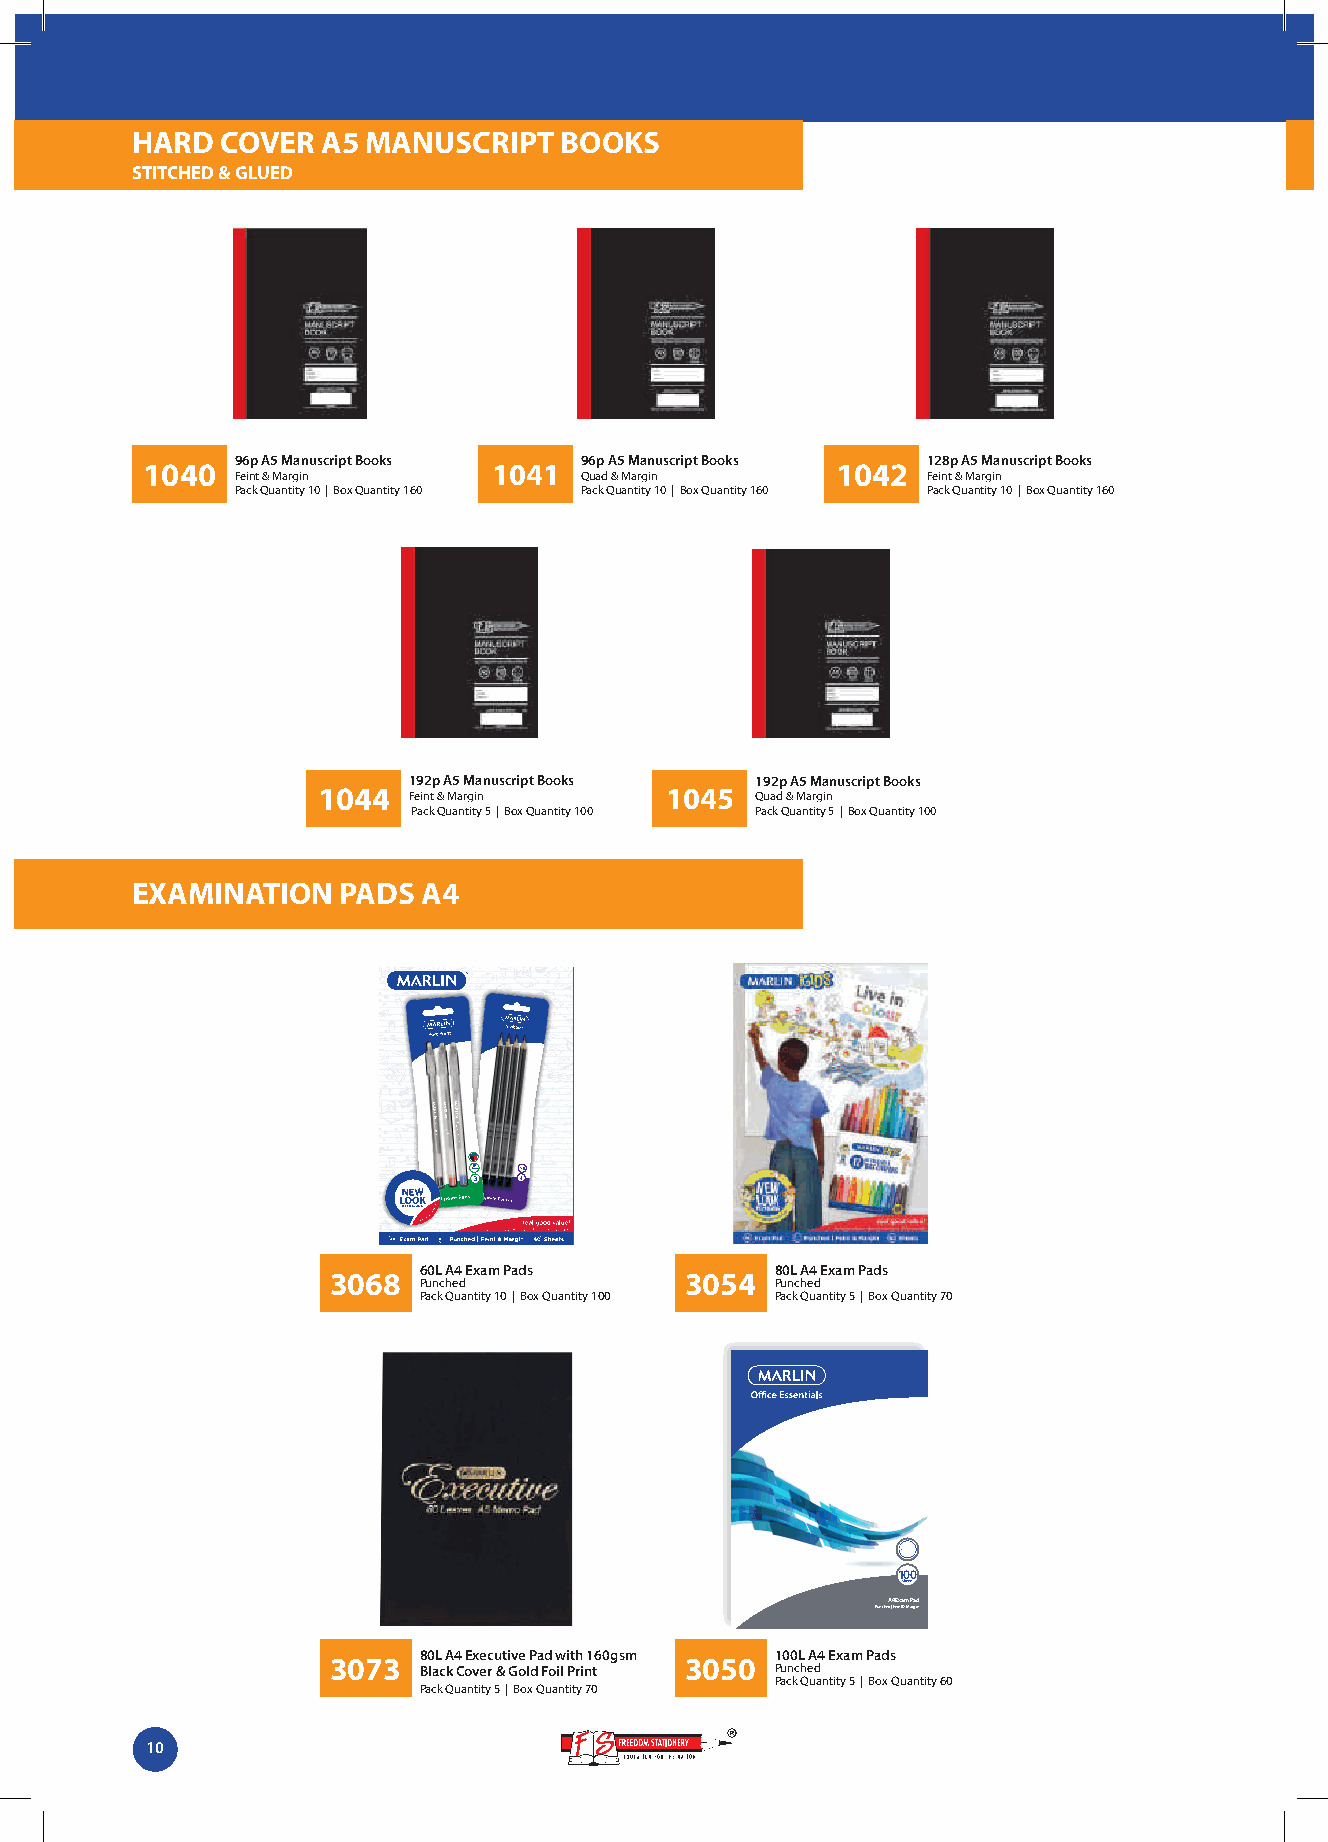
HARD  COVER A5 MANUSCRIPT   BOOKS
 STITCHED & GLUED
 96p A5 Manuscript Books 96p A5 Manuscript Books 128p A5 Manuscript Books
 1040                    1041                  1042
 Feint & Margin        Quad & Margin          Feint & Margin
 Pack Quantity 10 | Box Quantity 160 Pack Quantity 10 | Box Quantity 160 Pack Quantity 10 | Box Quantity 160
 192p A5 Manuscript Books 192p A5 Manuscript Books
 1044  Feint & Margin   1045  Quad & Margin
 Pack Quantity 5 | Box Quantity 100 Pack Quantity 5 | Box Quantity 100
 EXAMINATION  PADS  A4
 60L A4 Exam Pads       80L A4 Exam Pads
 3068                   3054
 Punched                Punched
 Pack Quantity 10 | Box Quantity 100 Pack Quantity 5 | Box Quantity 70
 100
 Sheets
 A4 Exam Pad
 Punched | Feint & Margin
 80L A4 Executive Pad with 160gsm 100L A4 Exam Pads
 3073                   3050
 Black Cover & Gold Foil Print Punched
 Pack Quantity 5 | Box Quantity 60
 Pack Quantity 5 | Box Quantity 70
 10